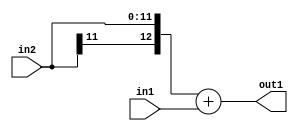
`timescale 1ps / 1ps
/*****************************************************************************
    Verilog RTL Description
    
    
    Created by: Stratus DpOpt 2019.1.01 
*******************************************************************************/

module SobelFilter_Add_12Sx11U_13S_1 (
	in2,
	in1,
	out1
	); /* architecture "behavioural" */ 
input [11:0] in2;
input [10:0] in1;
output [12:0] out1;
wire [12:0] asc001;

assign asc001 = 
	+({in2[11], in2})
	+(in1);

assign out1 = asc001;
endmodule

/* CADENCE  ubL3QgA= : u9/ySgnWtBlWxVPRXgAZ4Og= ** DO NOT EDIT THIS LINE ******/